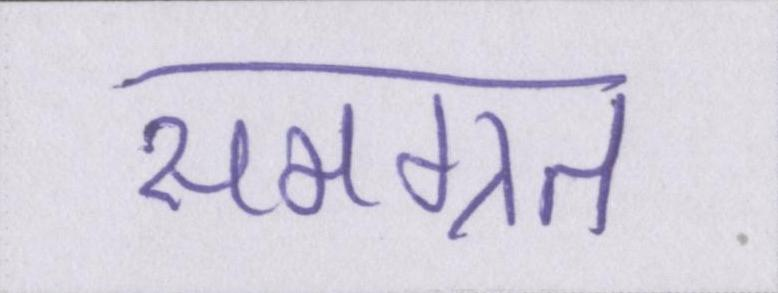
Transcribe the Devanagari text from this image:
समग्रत